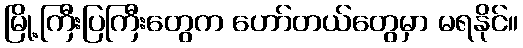
မြို့ကြီးပြကြီးတွေက ဟော်တယ်တွေမှာ မရနိုင်။